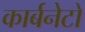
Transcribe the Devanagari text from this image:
कार्बनेटों